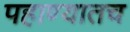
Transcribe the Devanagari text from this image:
पहाण्यातच